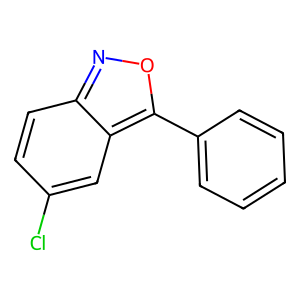
SMILES: Clc1ccc2noc(-c3ccccc3)c2c1
Inhibits HIV replication: No